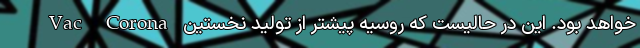
Vac Corona خواهد بود. این در حالیست که روسیه پیشتر از تولید نخستین